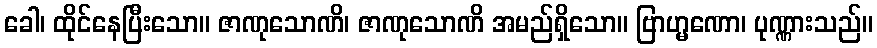
ခေါ၊ ထိုင်နေပြီးသော။ ဇာဏုသောဏိ၊ ဇာဏုသောဏိ အမည်ရှိသော။ ဗြာဟ္မဏော၊ ပုဏ္ဏားသည်။